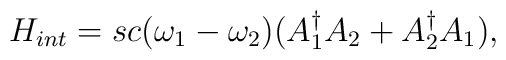
H_{int}=sc(\omega_{1}-\omega_{2})(A_{1}^{\dag}A_{2} + A_{2}^{\dag}A_{1}),